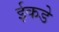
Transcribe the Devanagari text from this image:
ईकडे